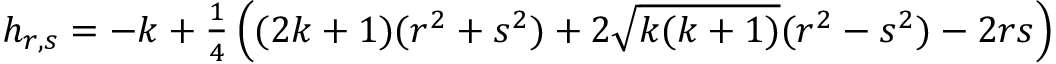
h _ { r , s } = - k + { \textstyle \frac { 1 } { 4 } } \left( ( 2 k + 1 ) ( r ^ { 2 } + s ^ { 2 } ) + 2 \sqrt { k ( k + 1 ) } ( r ^ { 2 } - s ^ { 2 } ) - 2 r s \right)